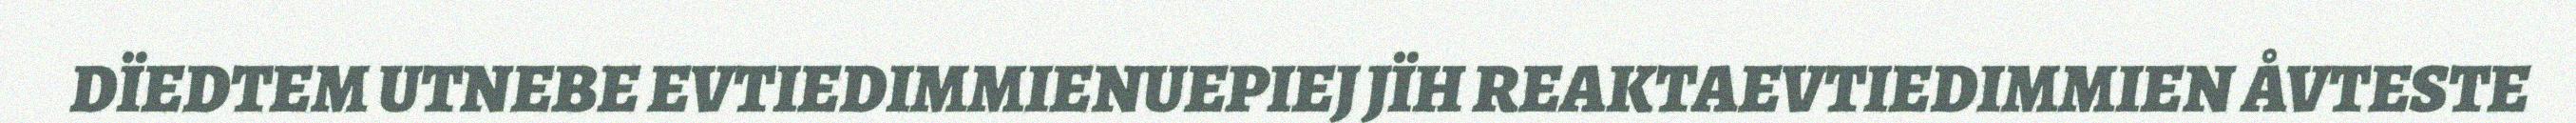
DÏEDTEM UTNEBE EVTIEDIMMIENUEPIEJ JÏH REAKTAEVTIEDIMMIEN ÅVTESTE